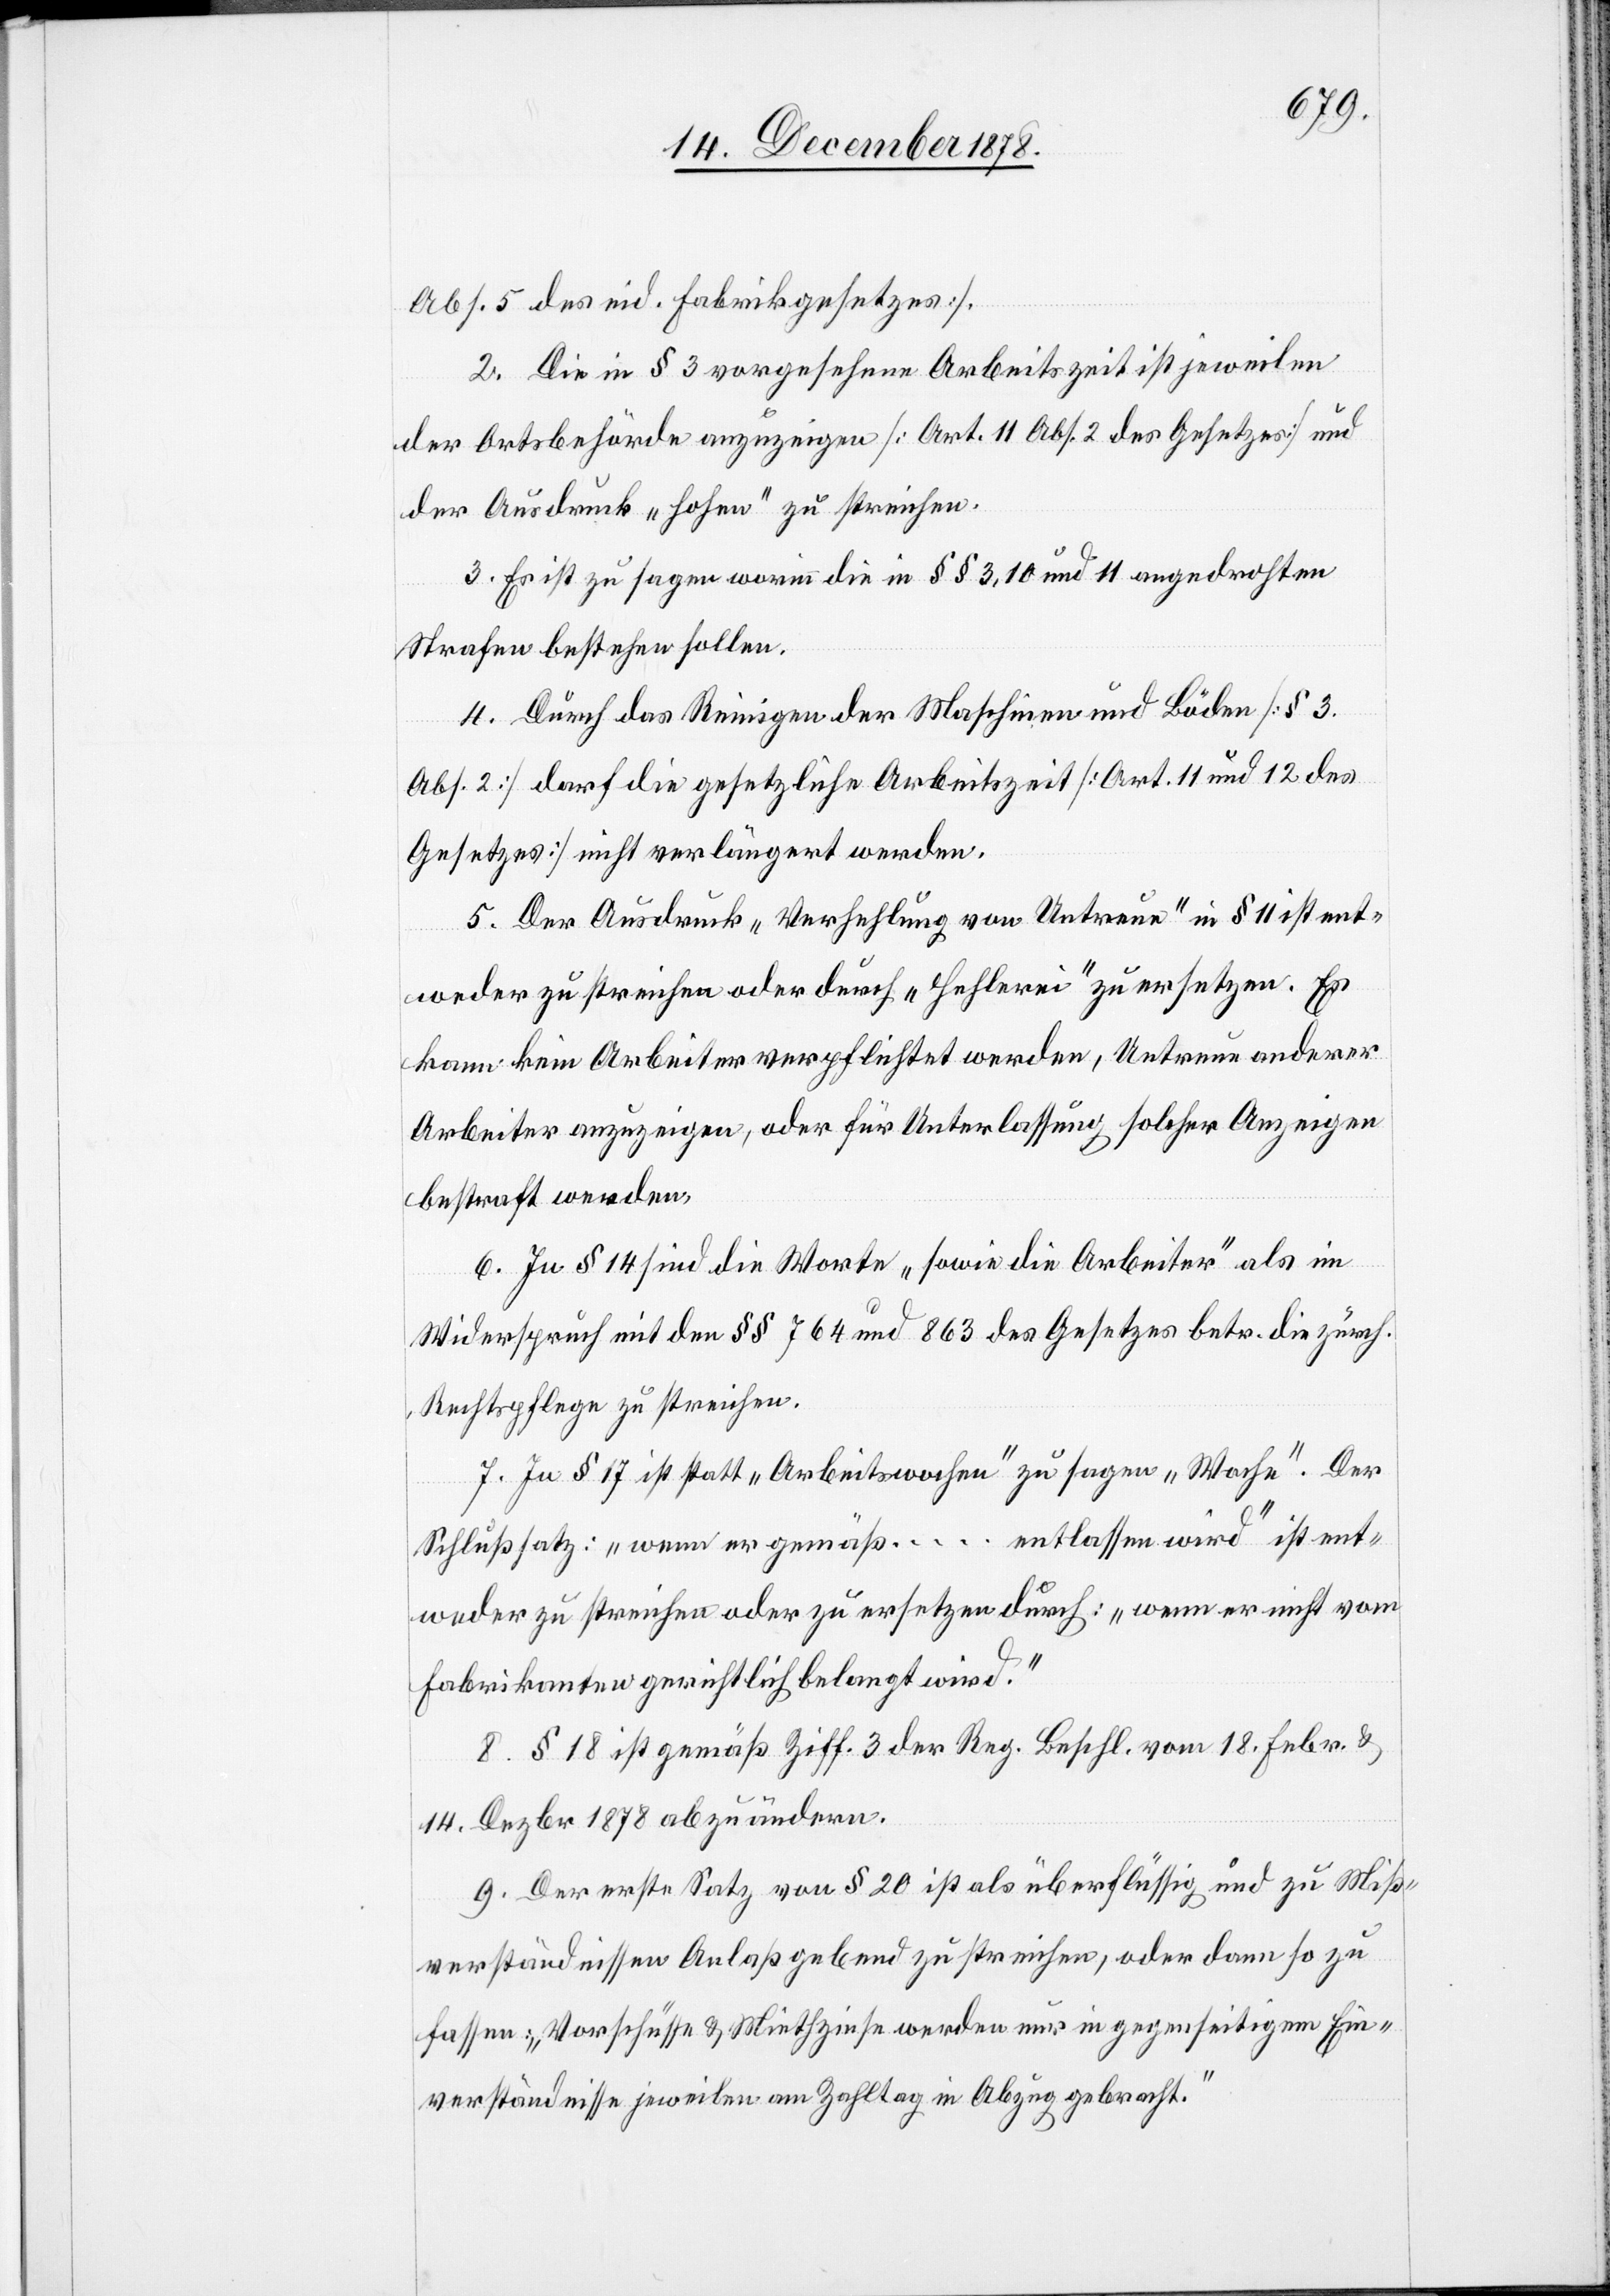
Abs. 5 des eid. Fabrikgesetzes].
2. Die in § 3 vorgesehene Arbeitszeit ist jeweilen
der Ortsbehörde anzuzeigen [Art. 11 Abs. 2 des Gesetzes] und
der Ausdruck „hohen“ zu streichen.
3. Es ist zu sagen worin die in §§ 3, 10 und 11 angedrohten
Strafen bestehen sollen.
4. Durch das Reinigen der Maschinen und Böden [§ 3
Abs. 2] darf die gesetzliche Arbeitszeit [Art. 11 und 12 des
Gesetzes] nicht verlängert werden.
5. Der Ausdruck „Verhehlung von Untreue“ in § 11 ist ent¬
weder zu streichen oder durch „Hehlerei“ zu ersetzen. Es
kann kein Arbeiter verpflichtet werden, Untreue anderer
Arbeiter anzuzeigen, oder für Unterlassung solcher Anzeigen
bestraft werden.
6. In § 14 sind die Worte „sowie die Arbeiter“ als im
Widerspruch mit den §§ 764 und 863 des Gesetzes betr. die zürch.
Rechtspflege zu streichen.
7. In § 17 ist statt „Arbeitswochen“ zu sagen „Woche“. Der
Schlußsatz: „wenn er gemäß … entlassen wird“ ist ent¬
weder zu streichen oder zu ersetzen durch: „wenn er nicht vom
Fabrikanten gerichtlich belangt wird.“
8. § 18 ist gemäß Ziff. 3 der Reg. Beschl. vom 18. Febr. &
14. Dezbr. 1878 abzuändern.
9. Der erste Satz von § 20 ist als überflüssig und zu Miß¬
verständnissen Anlaß gebend zu streichen, oder dann so zu
fassen: „Vorschüsse & Miethzinse werden nur in gegenseitigem Ein¬
verständnisse jeweilen am Zahltag in Abzug gebracht.“